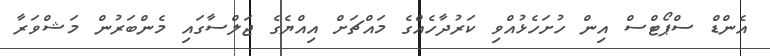
އެންޑް ސްޕޯޓްސް އިން ހުށަހެޅުއްވި ކަރުދާހެއްގެ މައްޗަށް އިއްޔެގެ ޖަލްސާގައި މެންބަރުން މަޝްވަރާ